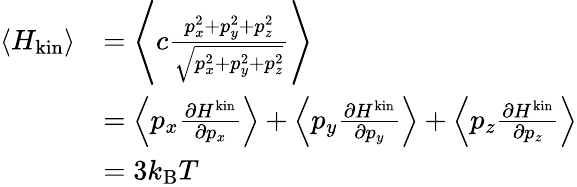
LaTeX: {\begin{array}{rl}{\langle H_{\mathrm{kin}}\rangle}&{=\left\langle c{\frac{p_{x}^{2}+p_{y}^{2}+p_{z}^{2}}{\sqrt{p_{x}^{2}+p_{y}^{2}+p_{z}^{2}}}}\right\rangle}\\ &{=\left\langle p_{x}{\frac{\partial H^{\mathrm{kin}}}{\partial p_{x}}}\right\rangle+\left\langle p_{y}{\frac{\partial H^{\mathrm{kin}}}{\partial p_{y}}}\right\rangle+\left\langle p_{z}{\frac{\partial H^{\mathrm{kin}}}{\partial p_{z}}}\right\rangle}\\ &{=3k_{\mathrm{B}}T}\end{array}}